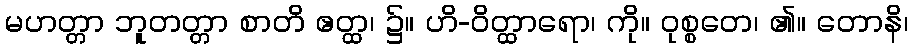
မဟတ္တာ ဘူတတ္တာ စာတိ ဧတ္ထ၊ ၌။ ဟိ-ဝိတ္ထာရော၊ ကို။ ဝုစ္စတေ၊ ၏။ တောနိ၊